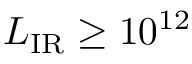
L _ { \mathrm { I R } } \ge 1 0 ^ { 1 2 }